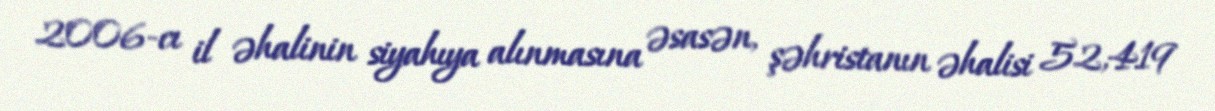
2006-cı il əhalinin siyahıya alınmasına əsasən, şəhristanın əhalisi 52,419